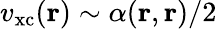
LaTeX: v_{\mathrm{xc}}(\mathbf{r})\sim\alpha(\mathbf{r},\mathbf{r})/2